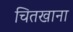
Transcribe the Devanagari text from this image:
चितखाना